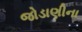
જોડાણીના